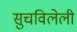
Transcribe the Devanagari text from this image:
सुचविलेली